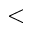
<